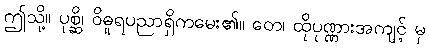
ဤသို့။ ပုစ္ဆိ၊ ဝိဓူရပညာရှိကမေး၏။ တေ၊ ထိုပုဏ္ဏားအကျင့် မှ